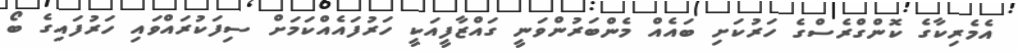
އެމެރިކާގެ ކޮންގްރެސްގެ ހަރުކަށި ބައެއް މެންބަރުންވަނީ ގައްޒާފީއަކީ ހަރުފައެެއްކަމަށް ސިފަކުރައްވައި ހަރުފައިގެ ބޯ